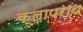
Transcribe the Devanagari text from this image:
क्लापराथ